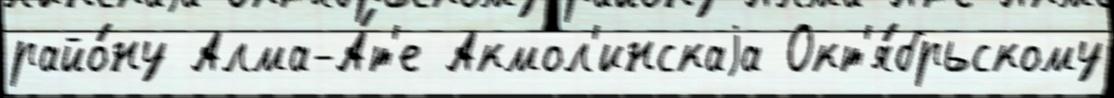
райо́ну Алма-А́т'е Акмол'инскаjа Окт'я́брьскому